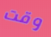
وقت